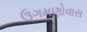
ઉગમણોવાસ